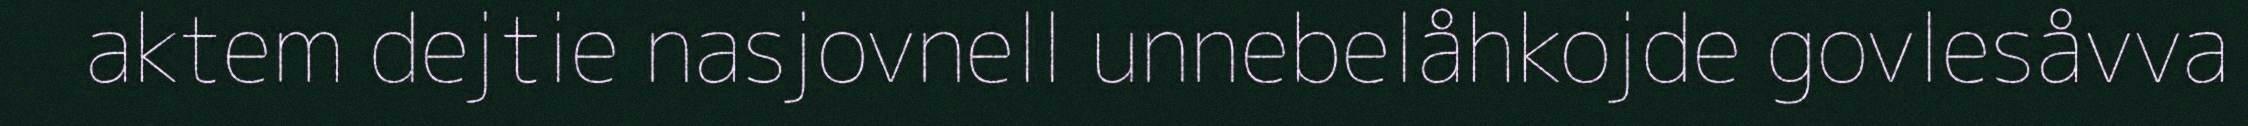
aktem dejtie nasjovnell unnebelåhkojde govlesåvva